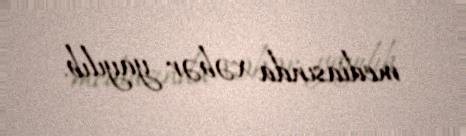
mediasında xəbər yayılıb.